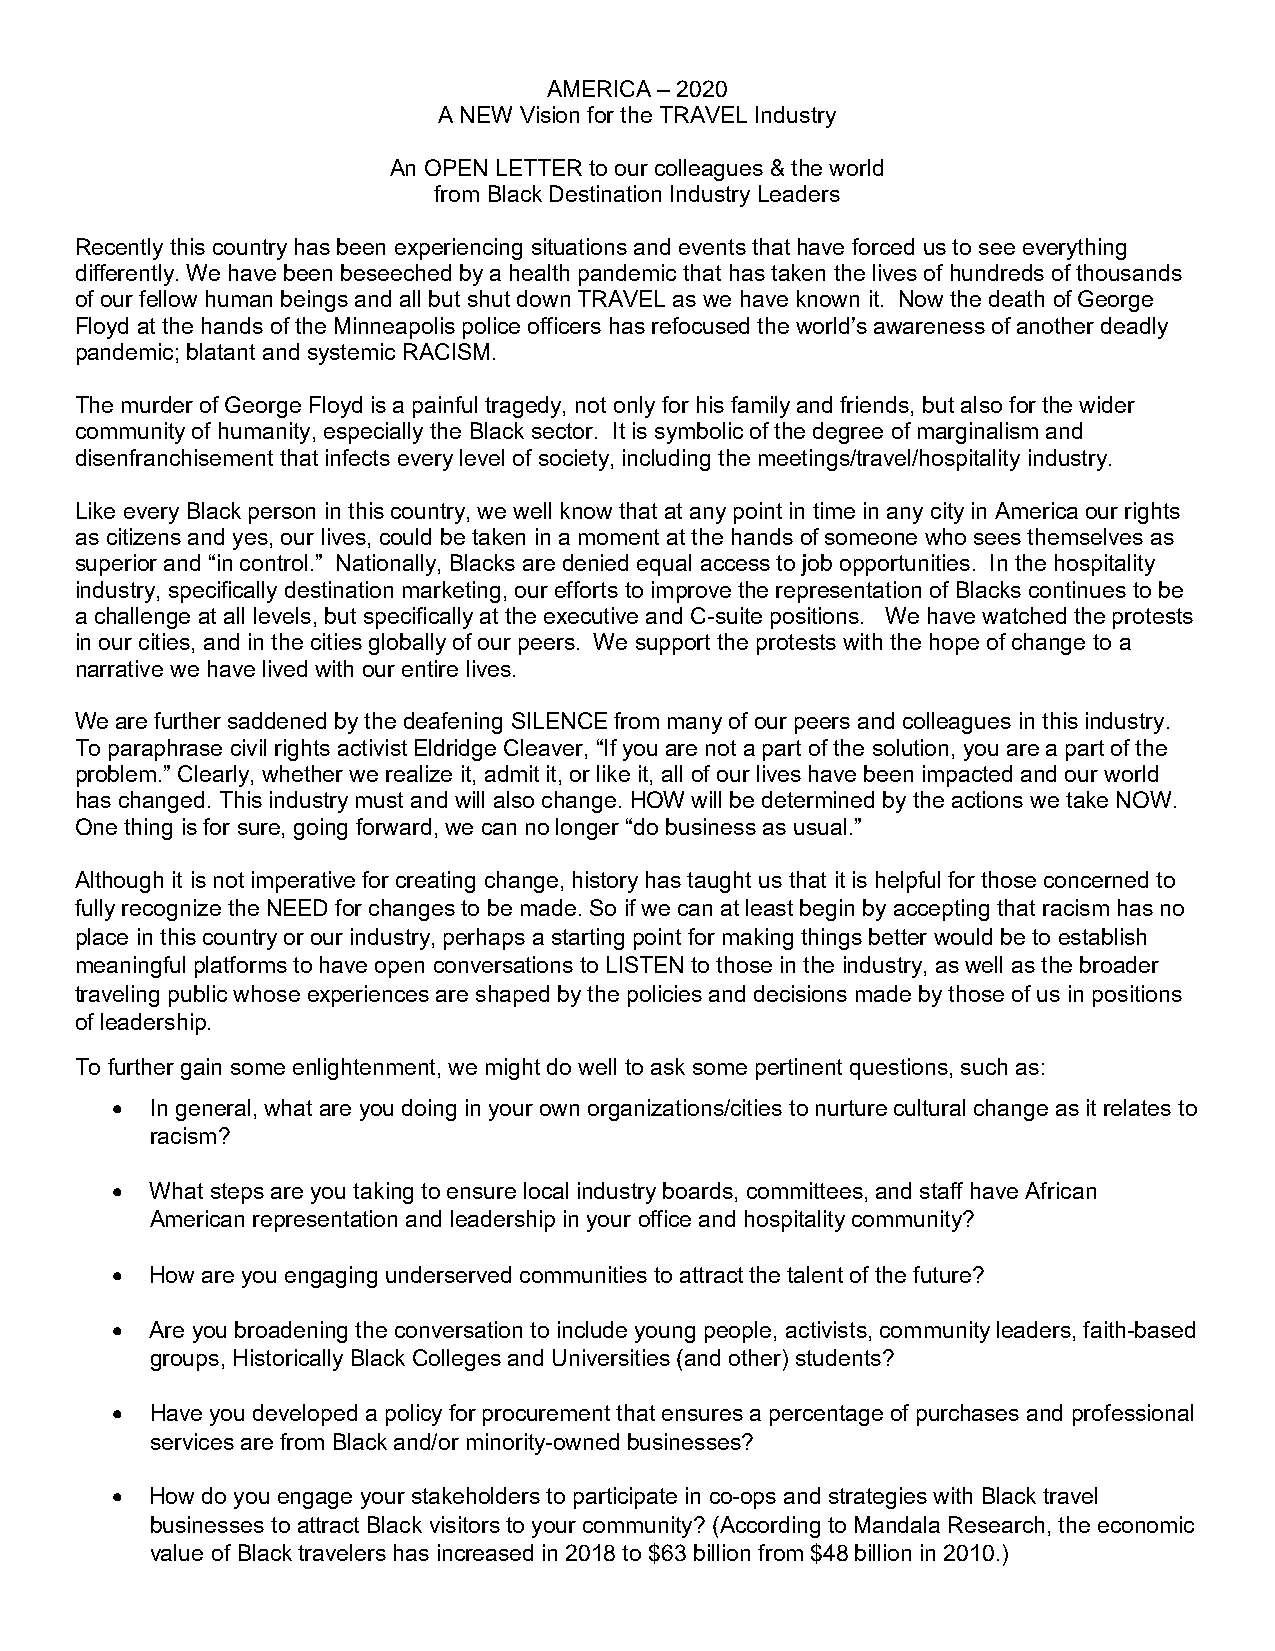
AMERICA – 2020
 A NEW Vision for the TRAVEL Industry
 An OPEN LETTER to our colleagues & the world
 from Black Destination Industry Leaders
 Recently this country has been experiencing situations and events that have forced us to see everything
 differently. We have been beseeched by a health pandemic that has taken the lives of hundreds of thousands
 of our fellow human beings and all but shut down TRAVEL as we have known it. Now the death of George
 Floyd at the hands of the Minneapolis police officers has refocused the world’s awareness of another deadly
 pandemic; blatant and systemic RACISM.
 The murder of George Floyd is a painful tragedy, not only for his family and friends, but also for the wider
 community of humanity, especially the Black sector. It is symbolic of the degree of marginalism and
 disenfranchisement that infects every level of society, including the meetings/travel/hospitality industry.
 Like every Black person in this country, we well know that at any point in time in any city in America our rights
 as citizens and yes, our lives, could be taken in a moment at the hands of someone who sees themselves as
 superior and “in control.” Nationally, Blacks are denied equal access to job opportunities. In the hospitality
 industry, specifically destination marketing, our efforts to improve the representation of Blacks continues to be
 a challenge at all levels, but specifically at the executive and C-suite positions. We have watched the protests
 in our cities, and in the cities globally of our peers. We support the protests with the hope of change to a
 narrative we have lived with our entire lives.
 We are further saddened by the deafening SILENCE from many of our peers and colleagues in this industry.
 To paraphrase civil rights activist Eldridge Cleaver, “If you are not a part of the solution, you are a part of the
 problem.” Clearly, whether we realize it, admit it, or like it, all of our lives have been impacted and our world
 has changed. This industry must and will also change. HOW will be determined by the actions we take NOW.
 One thing is for sure, going forward, we can no longer “do business as usual.”
 Although it is not imperative for creating change, history has taught us that it is helpful for those concerned to
 fully recognize the NEED for changes to be made. So if we can at least begin by accepting that racism has no
 place in this country or our industry, perhaps a starting point for making things better would be to establish
 meaningful platforms to have open conversations to LISTEN to those in the industry, as well as the broader
 traveling public whose experiences are shaped by the policies and decisions made by those of us in positions
 of leadership.
 To further gain some enlightenment, we might do well to ask some pertinent questions, such as:
   In general, what are you doing in your own organizations/cities to nurture cultural change as it relates to
 racism?
   What steps are you taking to ensure local industry boards, committees, and staff have African
 American representation and leadership in your office and hospitality community?
   How are you engaging underserved communities to attract the talent of the future?
   Are you broadening the conversation to include young people, activists, community leaders, faith-based
 groups, Historically Black Colleges and Universities (and other) students?
   Have you developed a policy for procurement that ensures a percentage of purchases and professional
 services are from Black and/or minority-owned businesses?
   How do you engage your stakeholders to participate in co-ops and strategies with Black travel
 businesses to attract Black visitors to your community? (According to Mandala Research, the economic
 value of Black travelers has increased in 2018 to $63 billion from $48 billion in 2010.)